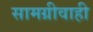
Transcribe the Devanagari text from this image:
सामग्रीवाही